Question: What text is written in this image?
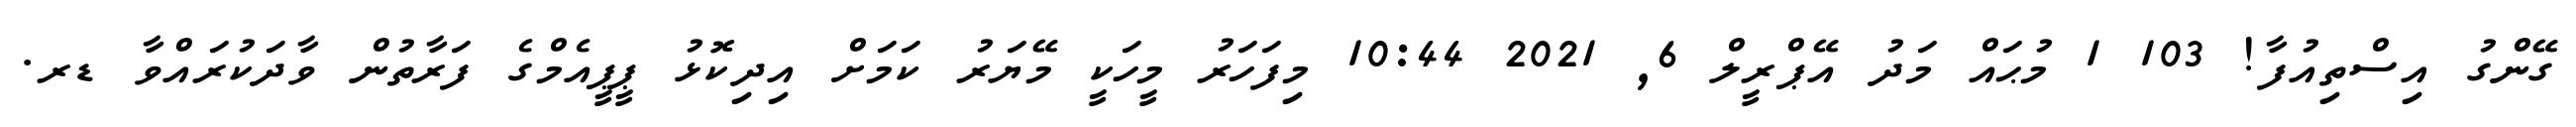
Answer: ގޭންގު އިސްތިއުފާ! 103 1 މުޙައް މަދު އޭޕްރީލް 6, 2021 10:44 މިފަހަރު މީހަކީ މޭޔަރު ކަމަށް އިދިކޮޅު ޕީޕީއެމްގެ ފަރާތުން ވާދަކުރައްވާ ޑރ.